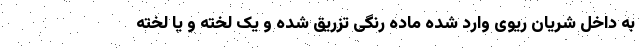
به داخل شریان ریوی وارد شده ماده رنگی تزریق شده و یک لخته و یا لخته